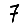
Digit: 7